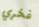
فخري